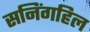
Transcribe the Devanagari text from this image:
सनिंगहिल